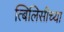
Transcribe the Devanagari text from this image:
त्बिलिसीच्या